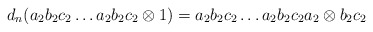
\begin{align*}d_n(a_2b_2c_2 \dots a_2b_2c_2 \otimes 1) = a_2b_2c_2 \dots a_2b_2c_2a_2 \otimes b_2c_2\end{align*}